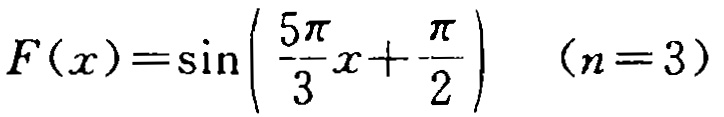
\(F(x)=\sin\left(\frac{5\pi}{3}x+\frac{\pi}{2}\right)\quad (n = 3)\)